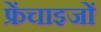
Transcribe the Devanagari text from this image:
फ्रेंचाइजों